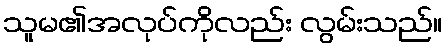
သူမ၏အလုပ်ကိုလည်း လွမ်းသည်။